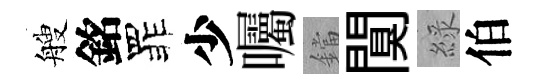
艘銘罪少囑鐺闃綠伯